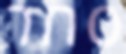
סחר